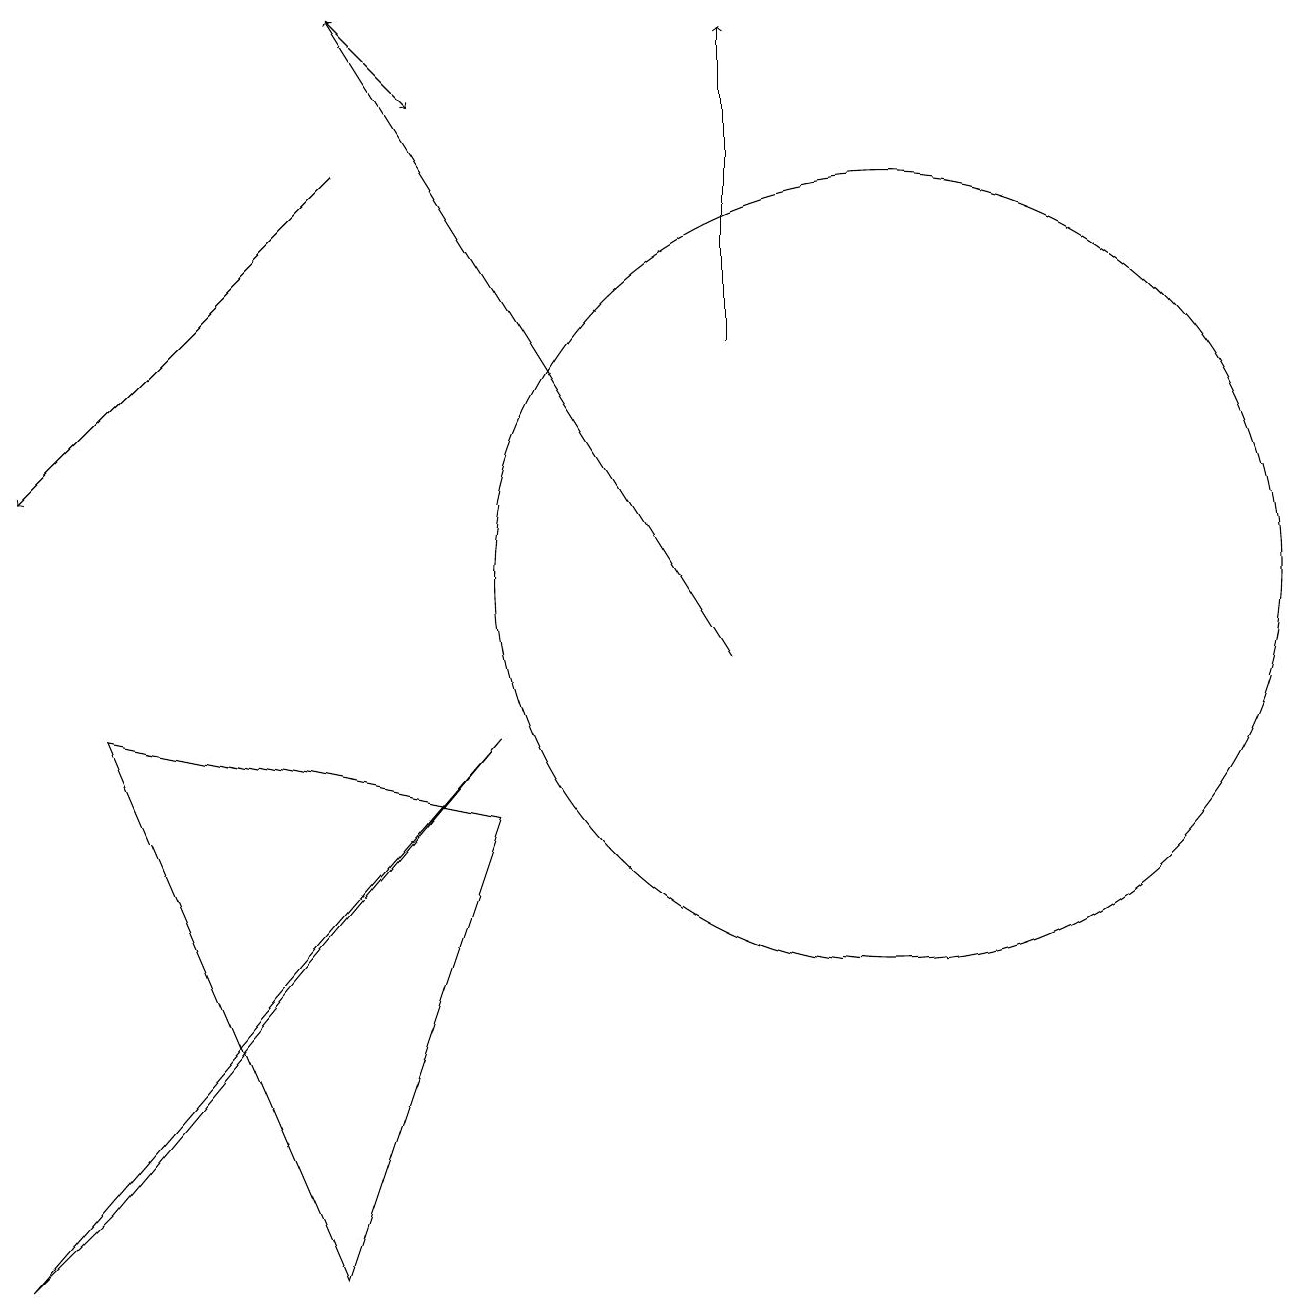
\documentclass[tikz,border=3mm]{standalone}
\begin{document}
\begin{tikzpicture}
\draw[->] (9,14) -- (9,18);
\draw[->] (4,16) -- (0,12);
\draw[->] (4,18) -- (5,17);
\draw (1,9) -- (4,2) -- (6,8) -- cycle;
\draw (11,11) circle (5);
\draw[->] (9,10) -- (4,18);
\draw (6,9) -- (0,2) -- (1,3) -- cycle;
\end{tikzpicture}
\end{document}